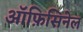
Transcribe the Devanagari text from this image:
ऑफ़िसिनेल